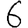
Digit: 6